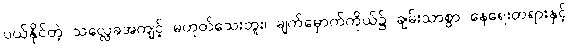
ပယ်နိုင်တဲ့ သလ္လေခအကျင့် မဟုတ်သေးဘူး၊ မျက်မှောက်ကိုယ်၌ ချမ်းသာစွာ နေရေးတရားနှင့်